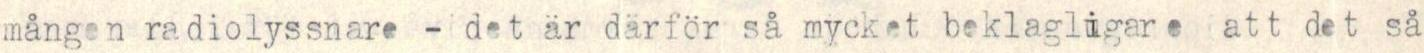
mången radiolyssnare - det är därför så mycket beklagligare att det så